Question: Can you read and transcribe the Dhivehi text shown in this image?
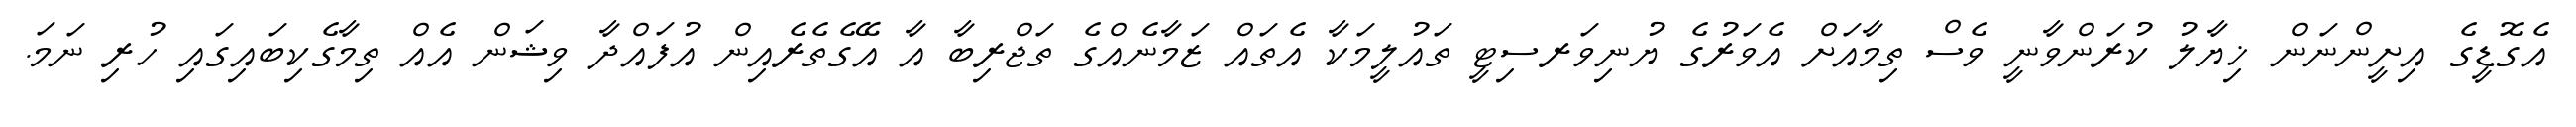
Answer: އެގޮޑީގެ އިށީންނަން ޚިޔާލު ކުރަންވާނީ ވެސް ތިމާއަށް އެވަރުގެ ޔުނިވަރސިޓީ ތައުލީމަކާ އެތައް ޒަމާނެއްގެ ތަޖްރިބާ އާ އޭގެތެރެއިން އުފައްދާ ވިޝަން އެއް ތިމާގެކިބައިގައި ހުރި ނަމަ.